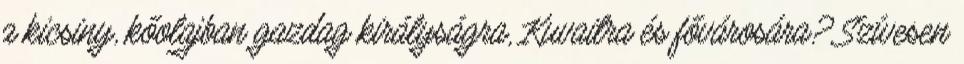
a kicsiny, kőolajban gazdag királyságra, Kuvaitra és fővárosára? Szívesen